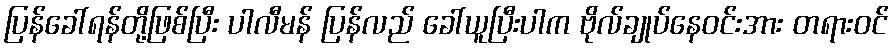
ပြန်ခေါ်ရန်တို့ဖြစ်ပြီး ပါလီမန် ပြန်လည် ခေါ်ယူပြီးပါက ဗိုလ်ချုပ်နေဝင်းအား တရားဝင်